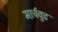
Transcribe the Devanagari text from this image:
मार्चवुड